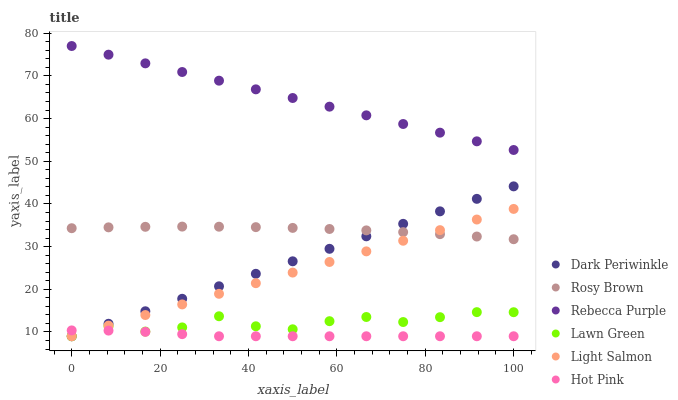
| xaxis_label | Dark Periwinkle | Rosy Brown | Rebecca Purple | Lawn Green | Light Salmon | Hot Pink |
 | --- | --- | --- | --- | --- | --- | --- |
 | 0 | 9 | 34.3 | 77 | 9 | 9 | 10.4 |
 | 8.33 | 11.9 | 34.5 | 75 | 11.4 | 11.5 | 10.3 |
 | 16.7 | 14.9 | 34.6 | 72.9 | 10.1 | 14 | 10 |
 | 25 | 17.8 | 34.7 | 70.9 | 11.1 | 16.5 | 9.49 |
 | 33.3 | 20.7 | 34.7 | 68.9 | 13.7 | 18.9 | 9 |
 | 41.7 | 23.6 | 34.6 | 66.8 | 11.3 | 21.4 | 9 |
 | 50 | 26.6 | 34.4 | 64.8 | 10.6 | 23.9 | 9 |
 | 58.3 | 29.5 | 34.1 | 62.8 | 12.5 | 26.4 | 9 |
 | 66.7 | 32.4 | 33.8 | 60.8 | 13.5 | 28.9 | 9 |
 | 75 | 35.3 | 33.4 | 58.7 | 12.3 | 31.4 | 9 |
 | 83.3 | 38.3 | 32.9 | 56.7 | 13.5 | 33.9 | 9 |
 | 91.7 | 41.2 | 32.4 | 54.7 | 14.7 | 36.3 | 9 |
 | 100 | 44.1 | 31.7 | 52.6 | 14.6 | 38.8 | 9 |